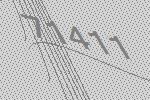
71411